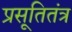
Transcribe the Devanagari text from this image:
प्रसूतितंत्र